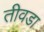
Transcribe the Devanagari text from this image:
तीवडा